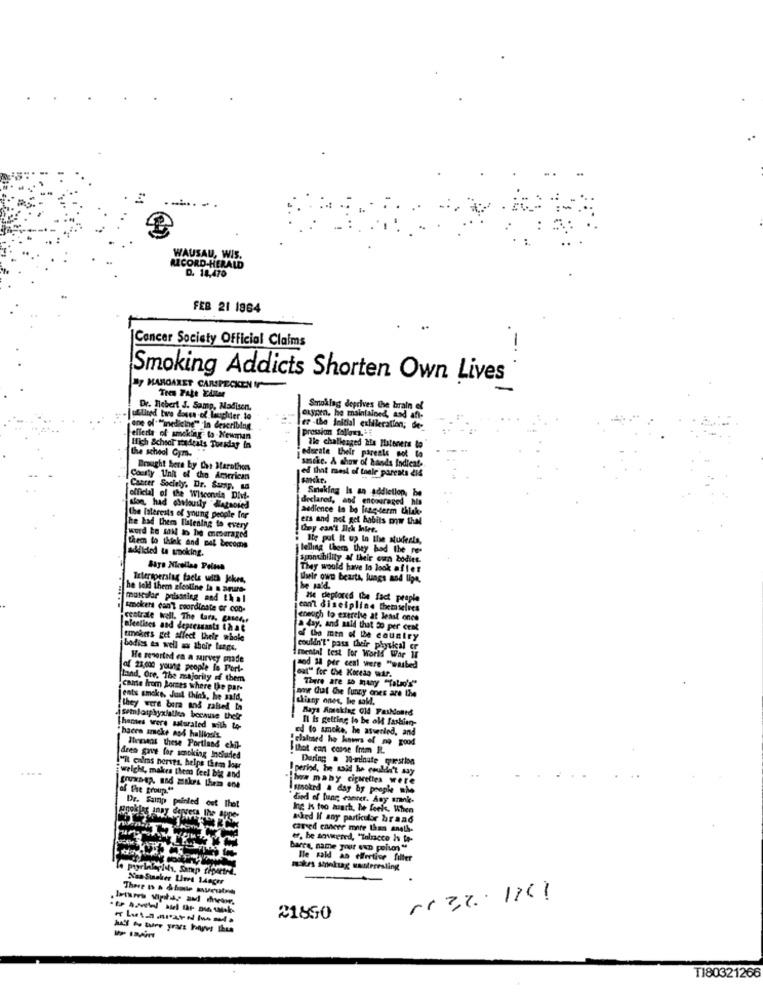
WAUSAU, WIS.
MICORD-HERALD
D. 18,470
FEB 21 1964
Cancer Society Official Claims
Smoking Addicts Shorten Own Lives
By MARGARET CARSPECKEN IN
Dr. Robert J. Samp, Nadisen.
Smoking deprives the brain of
oxygen. he maintained, and afl-
Pression fallomy,
er the Initial exhileration;
the school Gym.
High School stadtals Tuesday in
The challenged He Iteners to
jederate their parents not to
Brought Bere by Che Marathon
ed that most of their parents 214
sancke. A show of hands Indicat-
Courty Unit of the American
sakcke.
Cancer Society, Dr. Sump, ad
Sinaking Is an addiction, be
official of the Wisconsin Divi-
declared, and encouraged his
lise had asriously diagnosed
audience la bo long-term thiak.
the Interests of young people for
ers and not get habits mw thal
The had them listening to every
They can't Ich Iniee.
word te sal io he mesaraged
: Ite pul it up la Ilse students,
adildied ta smoking.
them to think and pal become
telling them they had the po'
spontibility of their own bodies.
They would have lo look affer
Irleripersing tacle with Jokes,
Uwir own beats, lungs and lipe,
he told them slestine la a arures
he said.
muscar poissting and thal
De deplores le fact people
smokers can't coordinate or con-
can't discipline themselves
centrale well. The Lara. CAMA!
eneuch to exerche at least ones
cleotises and depressants that
a day. and said that So per crat
tinker's get affect their whole
of the men of be country
bodiss as well as their lungs.
couldn't" pass their physical er
He resorted en a survey made
mental test For World War II
of 21,000 young people le Port-
nod 38 per cent were "wasbed
land, Ore, The majority of them
There are so many "Talad's"
came from Bores where the par-
jents smoke, Just think, he said,
now Cut the funny ones are the
thiany ones, he said,
they were born and raised ta
Rays Amtaking Old Fashioned
jsemlasphyxialles because their
Il is getting to be old fashien-
Thanses were saturaled with to-
ed to smoke, he asverled, and
"haces smoke and halligsis
"claimed he knows of no good
Themsens these Portland elil-
that can come from R.
deen gave for smoking Included
During a 10-minute question
"it calms nerves, helps them Jour
period, he said he wouldn't
welch, makes them feel big and
www many cigarettes were
Suwa-ap. and makes them one
of The group."
Ismoked a day by people mie
died of lung cancer. Any arnk-
Dr. Sainp printed out Thet
Ing Is too much, he feels, When
Rooklas anny depress the appe-
asked If any particular brand
caused cancer more than aneth-
er, he severed, "Talracco Is to-
Barra, name pour up peivon"
Ble Fald an effective filter
mikes synlig wainteresting
Nan Sunsker Liers 14oger
--------
21850
MAY be ture yrare hoyvs thus
T180321266